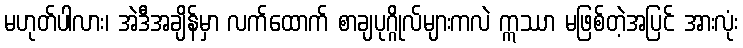
မဟုတ်ပါလား၊ အဲဒီအချိန်မှာ လက်ထောက် စာချပုဂ္ဂိုလ်များကလဲ ဣဿာ မဖြစ်တဲ့အပြင် အားလုံး